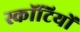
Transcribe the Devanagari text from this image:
स्कॉटियों